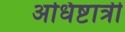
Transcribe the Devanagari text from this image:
अधिष्टात्री